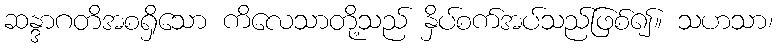
ဆန္ဒာဂတိအစရှိသော ကိလေသာတို့သည် နှိပ်စက်အပ်သည်ဖြစ်၍။ သဟသာ၊